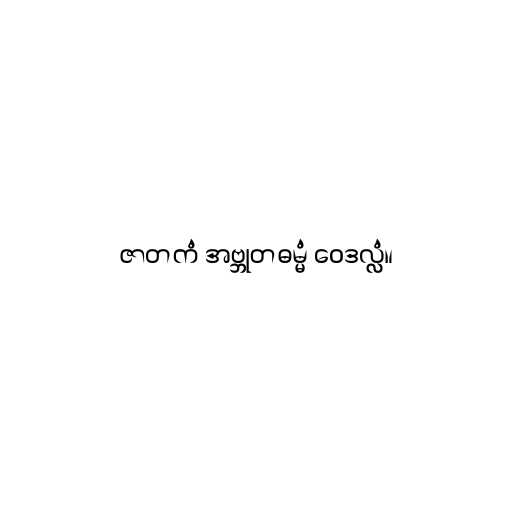
ဇာတကံ အဗ္ဘုတဓမ္မံ ဝေဒလ္လံ။